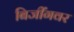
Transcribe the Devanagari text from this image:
बिजींगवर